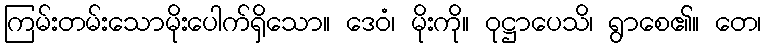
ကြမ်းတမ်းသောမိုးပေါက်ရှိသော။ ဒေဝံ၊ မိုးကို။ ဝုဋ္ဌာပေသိ၊ ရွာစေ၏။ တေ၊